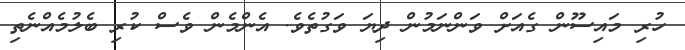
ހުރި މައިސޫން ގެއަށް ވަންނަމުން ދިޔަ ވަގުތެވެ. އެންމެން ވެސް ކުރި ބެލުމެއްނެތި